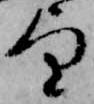
望